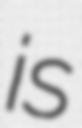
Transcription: is